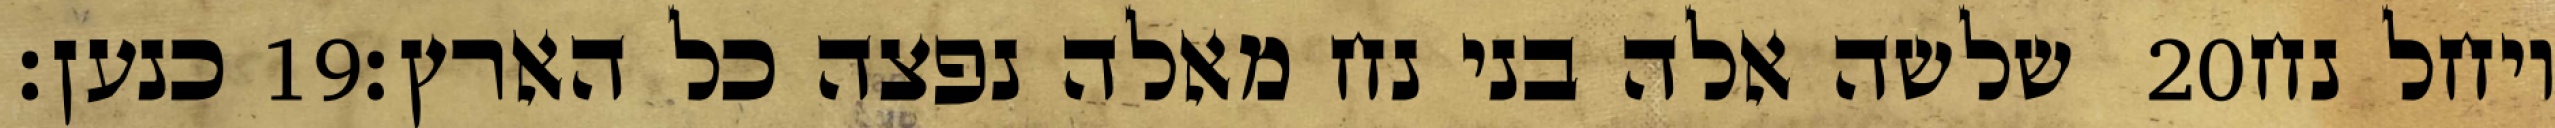
כנען׃ ‎19‏ שלשה אלה בני נח מאלה נפצה כל הארץ׃ ‎20‏ ויחל נח